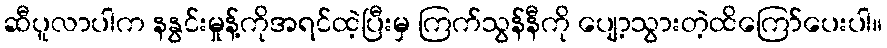
ဆီပူလာပါက နနွင်းမှုန့်ကိုအရင်ထဲ့ပြီးမှ ကြက်သွန်နီကို ပျော့သွားတဲ့ထိကြော်ပေးပါ။